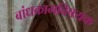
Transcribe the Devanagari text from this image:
बांधकामविषयक